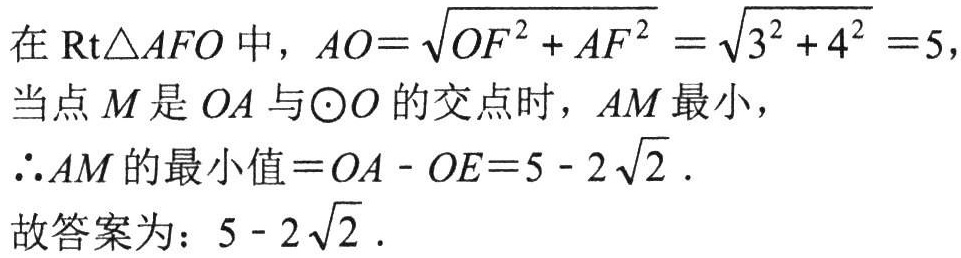
在$\text{Rt}\triangle AFO$中，$AO = \sqrt{OF^{2} + AF^{2}} = \sqrt{3^{2} + 4^{2}} = 5$，

当点$M$是$OA$与$\odot O$的交点时，$AM$最小，

$\therefore AM$的最小值$= OA - OE = 5 - 2\sqrt{2}$．

故答案为：$5 - 2\sqrt{2}$．